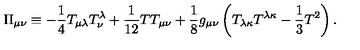
\Pi _ { \mu \nu } \equiv - { \frac { 1 } { 4 } } T _ { \mu \lambda } T _ { \nu } ^ { \lambda } + { \frac { 1 } { 1 2 } } T T _ { \mu \nu } + { \frac { 1 } { 8 } } g _ { \mu \nu } \left( T _ { \lambda \kappa } T ^ { \lambda \kappa } - { \frac { 1 } { 3 } } T ^ { 2 } \right) .